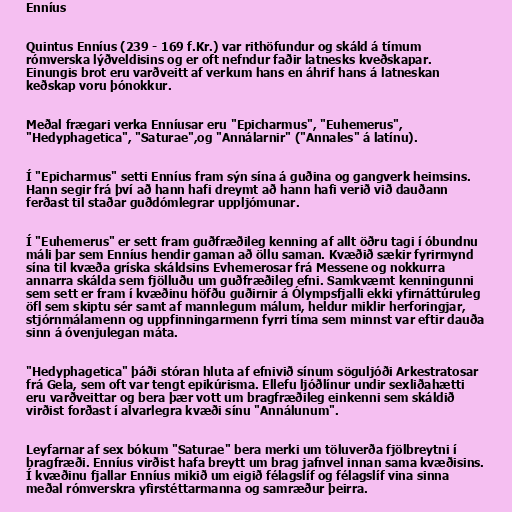
Enníus

Quintus Enníus (239 - 169 f.Kr.) var rithöfundur og skáld á tímum
rómverska lýðveldisins og er oft nefndur faðir latnesks kveðskapar.
Einungis brot eru varðveitt af verkum hans en áhrif hans á latneskan
keðskap voru þ‏ónokkur.

Meðal frægari verka Enníusar eru "Epicharmus", "Euhemerus",
"Hedyphagetica", "Saturae",og "Annálarnir" ("Annales" á latínu).

Í "Epicharmus" setti Enníus fram sýn sína á guðina og gangverk heimsins.
Hann segir frá því að hann hafi dreymt að hann hafi verið við dauðann
ferðast til staðar guðdómlegrar uppljómunar.

Í "Euhemerus" er sett fram guðfræðileg kenning af allt öðru tagi í óbundnu
máli þar sem Enníus hendir gaman að öllu saman. Kvæðið sækir fyrirmynd
sína til kvæða gríska skáldsins Evhemerosar frá Messene og nokkurra
annarra skálda sem fjölluðu um guðfræðileg efni. Samkvæmt kenningunni
sem sett er fram í kvæðinu höfðu guðirnir á Ólympsfjalli ekki yfirnáttúruleg
öfl sem skiptu sér samt af mannlegum málum, heldur miklir herforingjar,
stjórnmálamenn og uppfinningarmenn fyrri tíma sem minnst var eftir dauða
sinn á óvenjulegan máta.

"Hedyphagetica" þáði stóran hluta af efnivið sínum söguljóði Arkestratosar
frá Gela, sem oft var tengt epikúrisma. Ellefu ljóðlínur undir sexliðahætti
eru varðveittar og bera þær vott um bragfræðileg einkenni sem skáldið
virðist forðast í alvarlegra kvæði sínu "Annálunum".

Leyfarnar af sex bókum "Saturae" bera merki um töluverða fjölbreytni í
bragfræði. Enníus virðist hafa breytt um brag jafnvel innan sama kvæðisins.
Í kvæðinu fjallar Enníus mikið um eigið félagslíf og félagslíf vina sinna
meðal rómverskra yfirstéttarmanna og samræður þeirra.